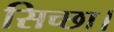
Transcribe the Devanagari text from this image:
सिच्‍छा।